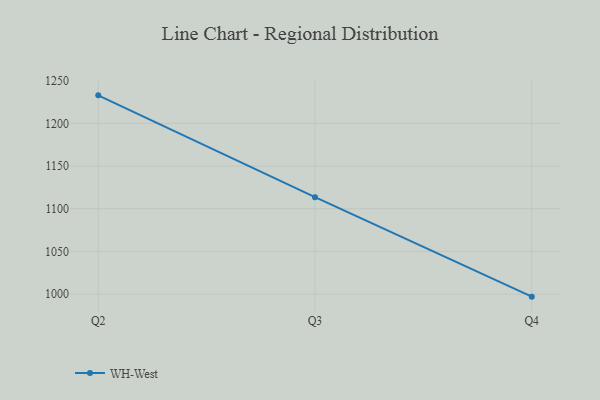
{"axis": {"x": "Quarter", "y": "Demand Index"}, "legend": ["WH-West"], "data": [{"x": "Q2", "y": 1232.8, "type": "WH-West"}, {"x": "Q3", "y": 1113.5, "type": "WH-West"}, {"x": "Q4", "y": 997.0, "type": "WH-West"}]}